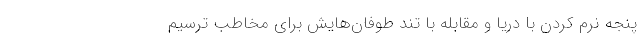
پنجه نرم کردن با دریا و مقابله با تند طوفان‌هایش برای مخاطب ترسیم